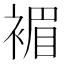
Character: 𧛰